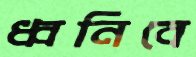
ধ্বনিবে